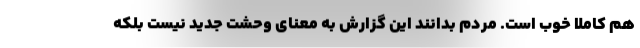
هم کاملا خوب است. مردم بدانند این گزارش به معنای وحشت جدید نیست بلکه